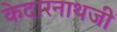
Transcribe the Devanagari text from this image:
केदारनाथजी